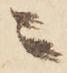
ニ